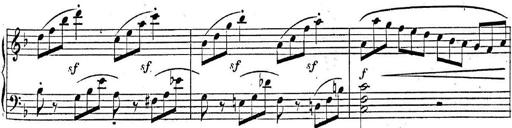
Title: 2 Sonatinas, Op.8
Composer: Hermann Goetz